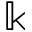
\Bbbk